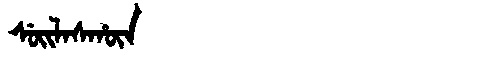
Manchu: ᠰᡠᡳᠯᠠᠰᡥᡡᠨ
Romanization: SUILASHŪN